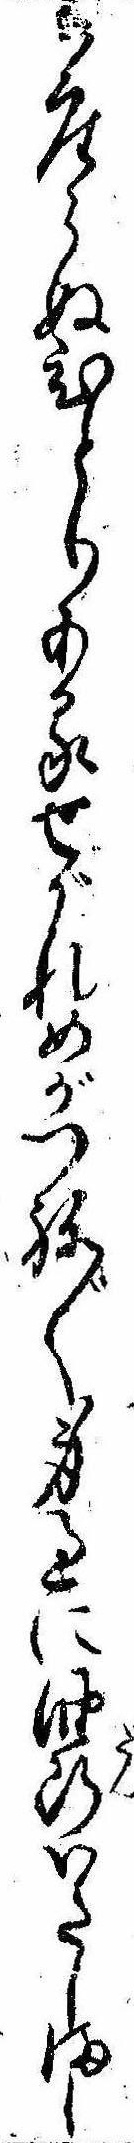
御座らぬひとりあるせがれめがつね〲身過に油断いたしまし